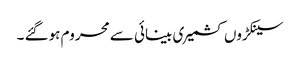
سینکڑوں کشمیری بینائی سے محروم ہوگئے ۔